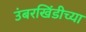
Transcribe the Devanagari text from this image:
उंबरखिंडीच्या